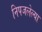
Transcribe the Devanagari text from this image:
निपजलेल्या